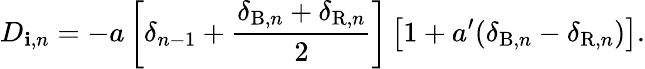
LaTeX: D_{\mathbf{i},n}=-a\left[\delta_{n-1}+\frac{{\delta_{\mathrm{{B}},n}+\delta_{\mathrm{{R}},n}}}{{2}}\right]\left[1+a^{\prime}(\delta_{\mathrm{{B}},n}-\delta_{\mathrm{{R}},n})\right].